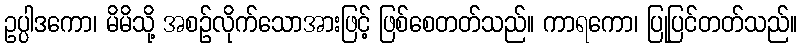
ဥပ္ပါဒကော၊ မိမိသို့ အစဉ်လိုက်သောအားဖြင့် ဖြစ်စေတတ်သည်။ ကာရကော၊ ပြုပြင်တတ်သည်။